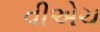
વીએચ